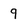
Character: 9